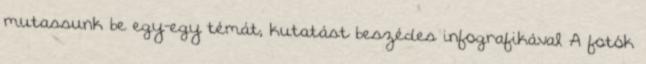
mutassunk be egy-egy témát, kutatást beszédes infografikával A fotók